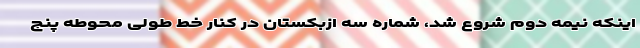
اینکه نیمه دوم شروع شد، شماره سه ازبکستان در کنار خط طولی محوطه پنج